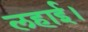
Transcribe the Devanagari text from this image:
लहाई।